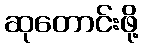
ဆုတောင်းဖို့